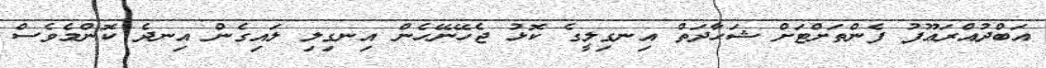
އަބްދުއްރަޢޫފު ފެންތަށްޓަށް ޝަހާދަތް އިނގިލީގެ ކޮޅު ޖެހޭނޭހެން އިނގިލި ލައިގެން އިނދެ ކޮންމެވެސް